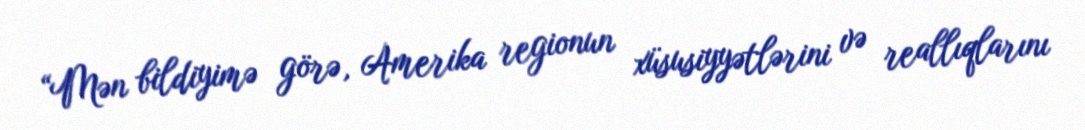
“Mən bildiyimə görə, Amerika regionun xüsusiyyətlərini və reallıqlarını